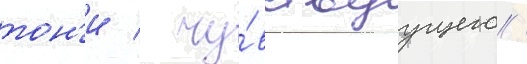
тон'и / чу́вствуущего /